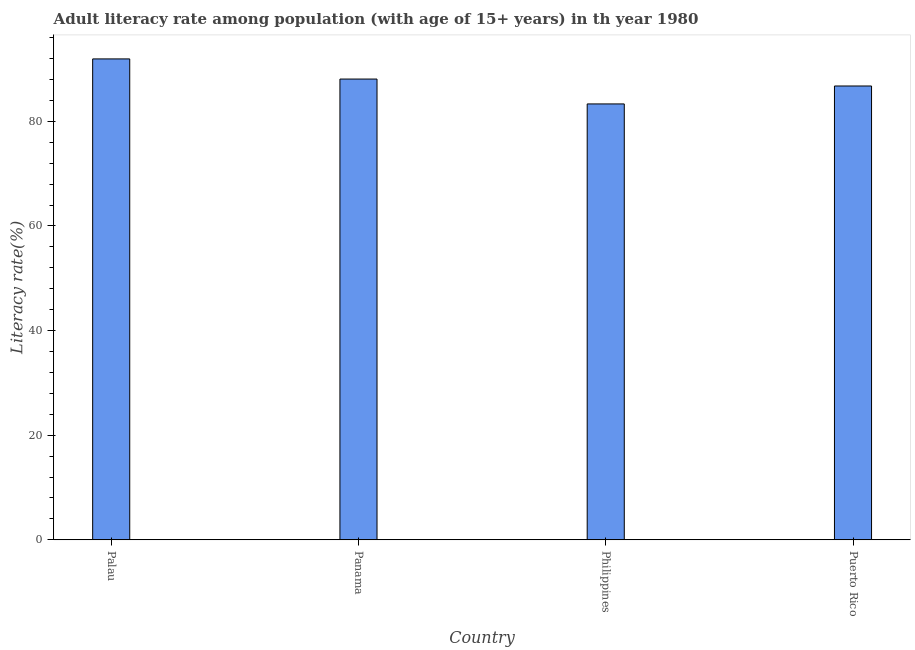
| Country | Adult literacy rate |
 | --- | --- |
 | Palau | 91.9 |
 | Panama | 88.1 |
 | Philippines | 83.3 |
 | Puerto Rico | 86.7 |